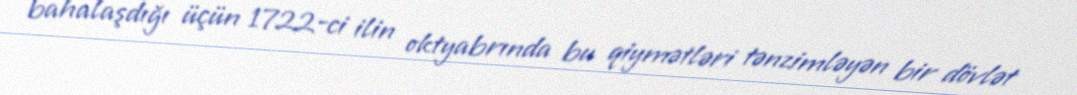
bahalaşdığı üçün 1722-ci ilin oktyabrında bu qiymətləri tənzimləyən bir dövlət